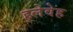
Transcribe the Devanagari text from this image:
हलेवेह